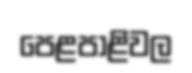
පෙළපාළිවල